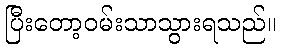
ပြီးတော့ဝမ်းသာသွားရသည်။